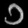
Digit: ၁